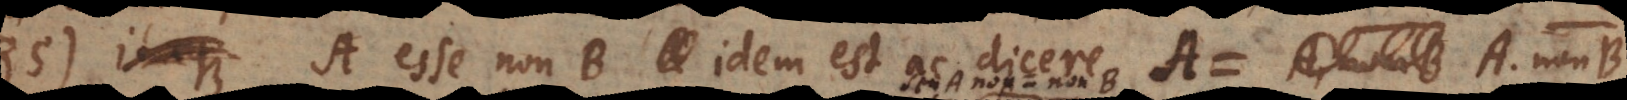
85) A esse non-B idem est ac dicere A = A non-B,